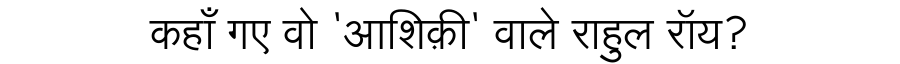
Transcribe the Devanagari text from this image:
कहाँ गए वो 'आशिक़ी' वाले राहुल रॉय?